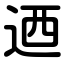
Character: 迺